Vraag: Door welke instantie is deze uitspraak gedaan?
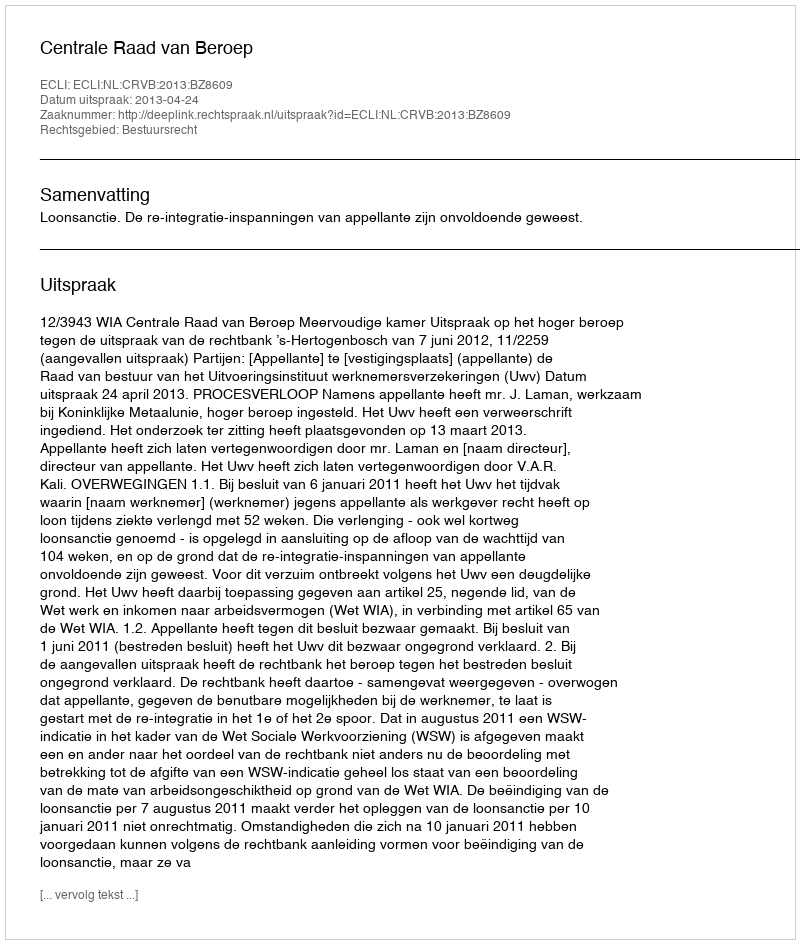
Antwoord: Centrale Raad van Beroep